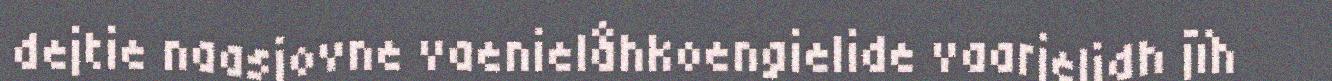
dejtie naasjovne vaenielåhkoengielide vaarjelidh jïh